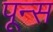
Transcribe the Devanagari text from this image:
पून्स